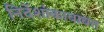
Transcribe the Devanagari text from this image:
निर्देशांकाबाबत